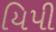
યિપી